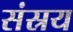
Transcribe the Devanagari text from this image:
संस्रय